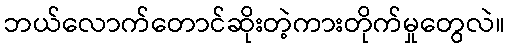
ဘယ်လောက်တောင်ဆိုးတဲ့ကားတိုက်မှုတွေလဲ။